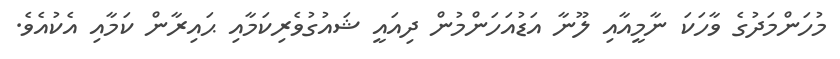
މުހަންމަދުގެ ވާހަކަ ނާމީއާއި ލޫނާ އަޑުއަހަންމުން ދިއައީ ޝައުގުވެރިކަމާއި ޙައިރާން ކަމާއި އެކުއެވެ.